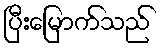
ပြီးမြောက်သည်